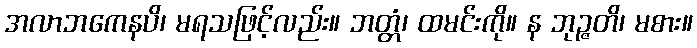
အလာဘကေနပိ၊ မရသဖြင့်လည်း။ ဘတ္တံ၊ ထမင်းကို။ န ဘုဉ္ဇတိ၊ မစား။